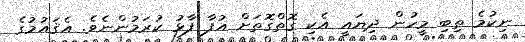
ނިކުމެ ތިބި މީހުން ދިޔައީ އެކި ގޮތްގޮތަށް އުފާ ފާޅު ކުރަމުންނެވެ. އެޤައުމުގެ